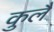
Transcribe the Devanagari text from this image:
कुलै